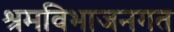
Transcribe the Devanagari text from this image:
श्रमविभाजनगत